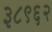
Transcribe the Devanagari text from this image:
३८९६२